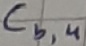
Text: Cb,4